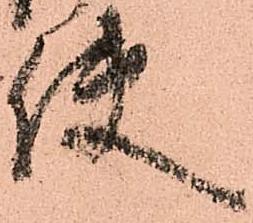
使